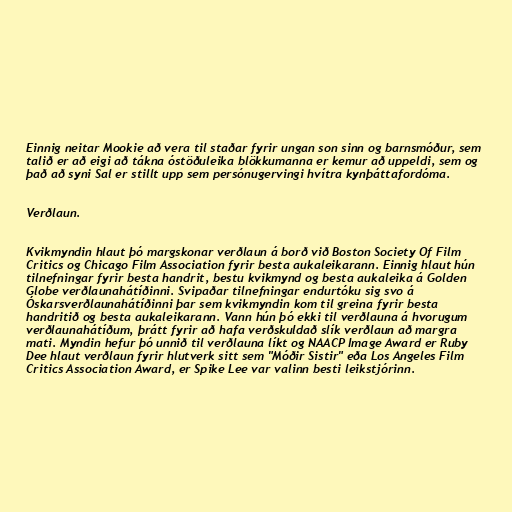
Einnig neitar Mookie að vera til staðar fyrir ungan son sinn og barnsmóður, sem
talið er að eigi að tákna óstöðuleika blökkumanna er kemur að uppeldi, sem og
það að syni Sal er stillt upp sem persónugervingi hvítra kynþáttafordóma.

Verðlaun.

Kvikmyndin hlaut þó margskonar verðlaun á borð við Boston Society Of Film
Critics og Chicago Film Association fyrir besta aukaleikarann. Einnig hlaut hún
tilnefningar fyrir besta handrit, bestu kvikmynd og besta aukaleika á Golden
Globe verðlaunahátíðinni. Svipaðar tilnefningar endurtóku sig svo á
Óskarsverðlaunahátíðinni þar sem kvikmyndin kom til greina fyrir besta
handritið og besta aukaleikarann. Vann hún þó ekki til verðlauna á hvorugum
verðlaunahátíðum, þrátt fyrir að hafa verðskuldað slík verðlaun að margra
mati. Myndin hefur þó unnið til verðlauna líkt og NAACP Image Award er Ruby
Dee hlaut verðlaun fyrir hlutverk sitt sem "Móðir Sistir" eða Los Angeles Film
Critics Association Award, er Spike Lee var valinn besti leikstjórinn.